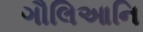
ગૌલિઆનિ